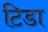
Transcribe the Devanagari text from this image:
टिडा